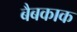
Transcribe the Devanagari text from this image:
बैबकाक